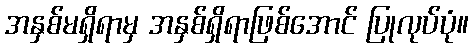
အနှစ်မရှိရာမှ အနှစ်ရှိရာဖြစ်အောင် ပြုလုပ်ပုံ။